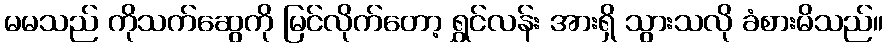
မမသည် ကိုသက်ဆွေကို မြင်လိုက်တော့ ရွှင်လန်း အားရှိ သွားသလို ခံစားမိသည်။